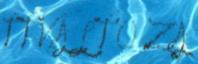
T T V Á L T O Z A